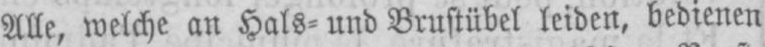
Alle, welche an Hals⸗ und Brustübel leiden, bedienen